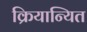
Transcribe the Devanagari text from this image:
क्रियान्यित